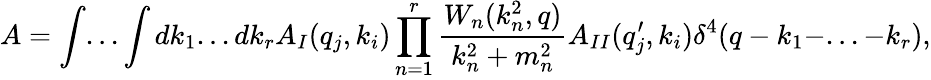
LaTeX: A=\int...\int dk_{1}...dk_{r}A_{I}(q_{j},k_{i})\prod_{n=1}^{r}\frac{W_{n}(k_{n}^{2},q)}{k_{n}^{2}+m_{n}^{2}}A_{II}(q_{j}^{\prime},k_{i})\delta^{4}(q-k_{1}-...-k_{r}),